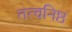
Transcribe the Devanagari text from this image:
तत्वनिष्ठ